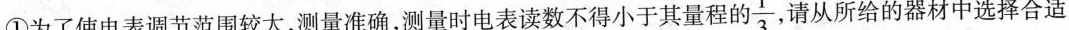
①为了使电表调节范围较大，测量准确，测量时电表读数不得小于其量程的 $$\frac { 1 } { 3 }$$ 请从所给的器材中选择合适